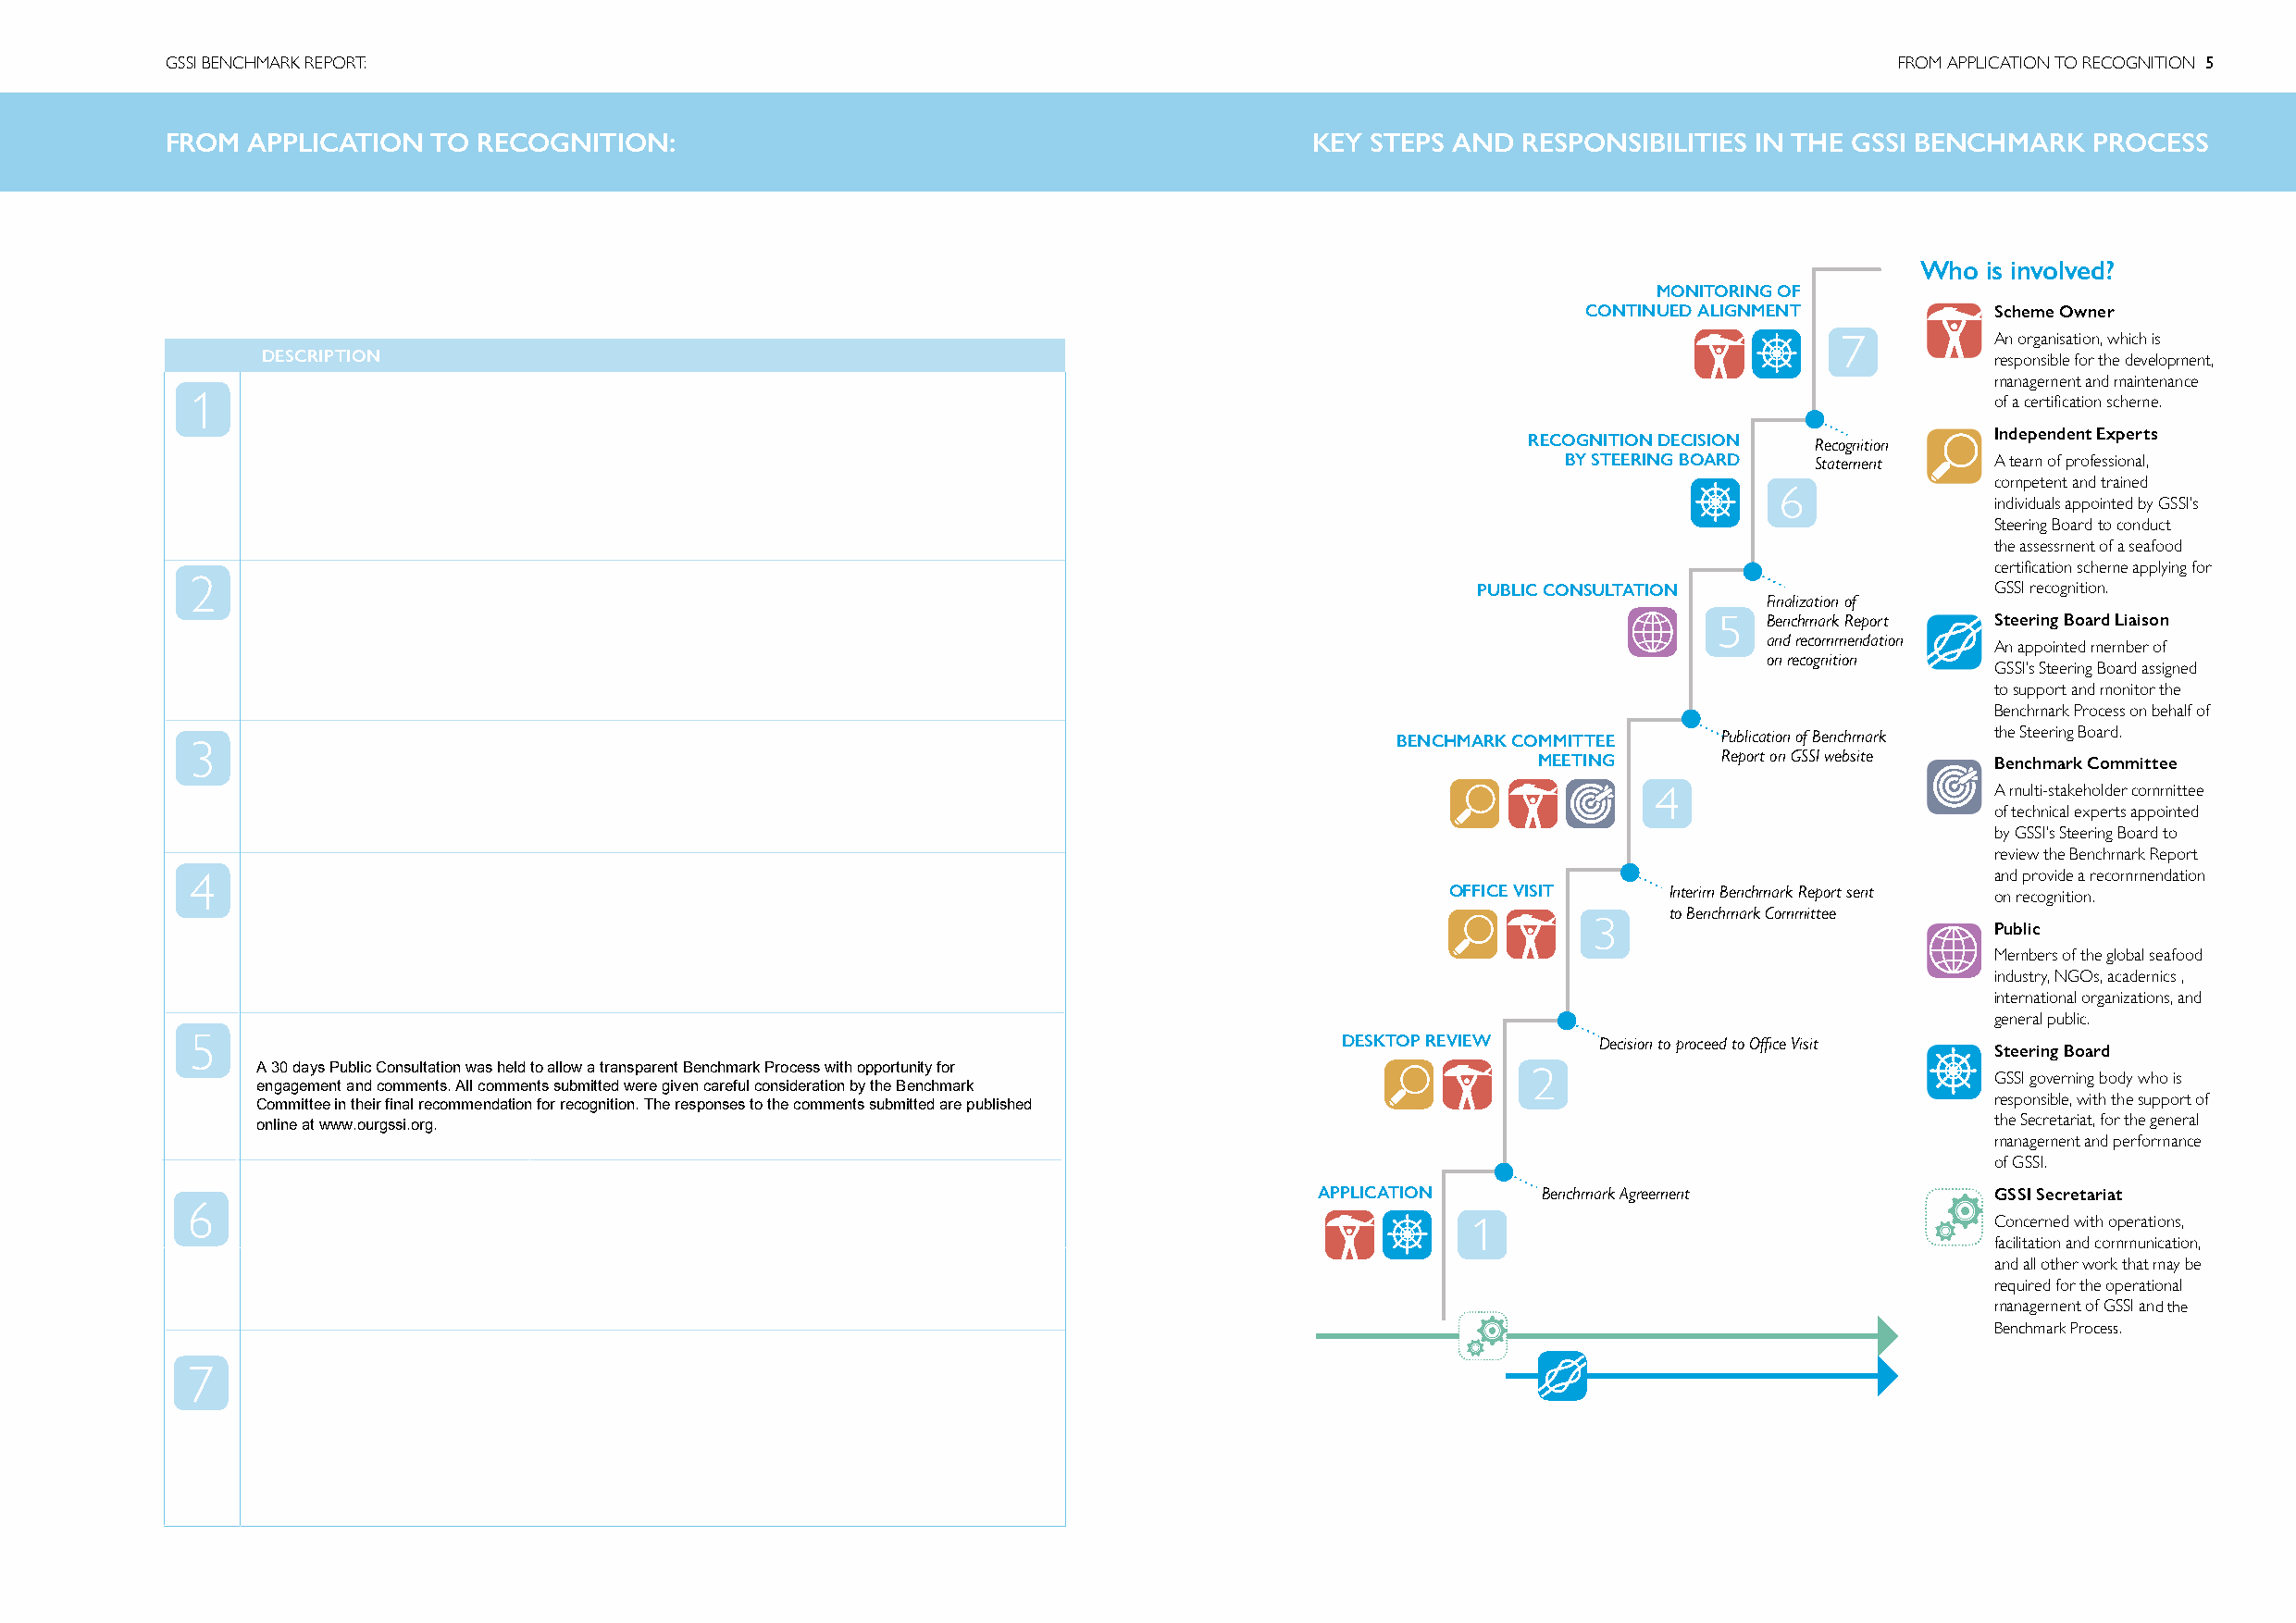
GSSI BENCHMARK REPORT:                                                                                                      FROM APPLICATION TO RECOGNITION 5
 FROM  APPLICATION  TO RECOGNITION:                                                KEY STEPS AND  RESPONSIBILITIES IN THE GSSI BENCHMARK   PROCESS
 Who  is involved?
 MONITORING OF
 CONTINUED ALIGNMENT           Scheme Owner
 7          An organisation, which is
 DESCRIPTION                                                                                                                 responsible for the development,
 management and maintenance
 1                                                                                                                                of a certification scheme.
 Independent Experts
 RECOGNITION DECISION Recognition
 BY STEERING BOARD Statement    A team of professional,
 competent and trained
 6
 individuals appointed by GSSI’s
 Steering Board to conduct
 the assessment of a seafood
 certification scheme applying for
 2
 PUBLIC CONSULTATION                  GSSI recognition.
 Finalization of
 5  Benchmark Report Steering Board Liaison
 and recommendation
 An appointed member of
 on recognition
 GSSI’s Steering Board assigned
 to support and monitor the
 Benchmark Process on behalf of
 3                                                                                     BENCHMARK COMMITTEE    Publication of Benchmark the Steering Board.
 MEETING      Report on GSSI website Benchmark Committee
 4                        A multi-stakeholder committee
 of technical experts appointed
 by GSSI’s Steering Board to
 review the Benchmark Report
 4                                                                                                                                and provide a recommendation
 OFFICE VISIT   Interim Benchmark Report sent on recognition.
 to Benchmark Committee
 3
 Public
 Members of the global seafood
 industry, NGOs, academics ,
 international organizations, and
 general public.
 5                                                                                 DESKTOP REVIEW    Decision to proceed to Office Visit
 Steering Board
 A 30 days Public Consultation was held to allow a transparent Benchmark Process with opportunity for 2                       GSSI governing body who is
 engagement and comments. All comments submitted were given careful consideration by the Benchmark
 responsible, with the support of
 Committee in their final recommendation for recognition. The responses to the comments submitted are published
 the Secretariat, for the general
 online at www.ourgssi.org.
 management and performance
 of GSSI.
 APPLICATION     Benchmark Agreement              GSSI Secretariat
 6
 1                                     Concerned with operations,
 facilitation and communication,
 and all other work that may be
 required for the operational
 management of GSSI and the
 Benchmark Process.
 7